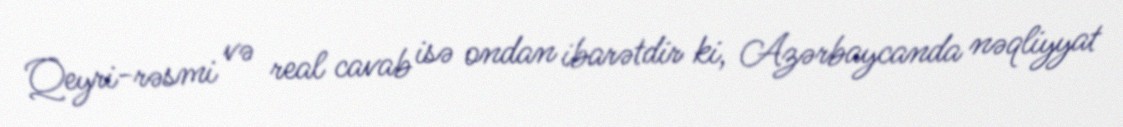
Qeyri-rəsmi və real cavab isə ondan ibarətdir ki, Azərbaycanda nəqliyyat